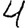
Digit: 4